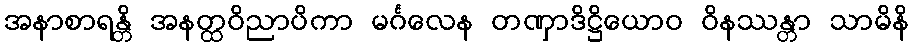
အနာစာရန္တိ အနတ္ထဝိညာပိကာ မင်္ဂလေန တဏှာဒိဋ္ဌိယောဝ ဝိနဿန္တာ သာမိနိ